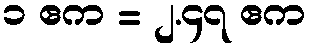
၁ ဧက = ၂.၄၇ ဧက